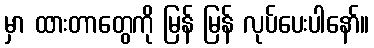
မှာ ထားတာတွေကို မြန် မြန် လုပ်ပေးပါနော်။